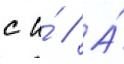
с и́ // А́